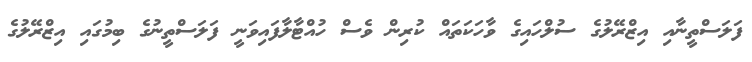
ފަލަސްތީނާއި އިޒްރޭލުގެ ސުލްހައިގެ ވާހަކަތައް ކުރިން ވެސް ހުއްޓާލާފައިވަނީ ފަލަސްތީނުގެ ބިމުގައި އިޒްރޭލުގެ